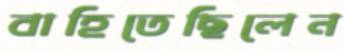
বাহিতেছিলেন